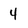
Character: 4